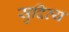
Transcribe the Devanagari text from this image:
सुदिव्य